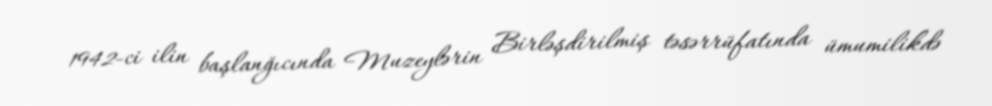
1942-ci ilin başlanğıcında Muzeylərin Birləşdirilmiş təsərrüfatında ümumilikdə